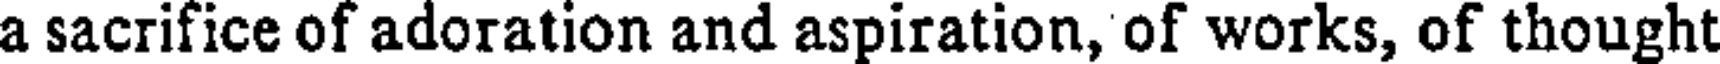
a sacrifice of adoration and aspiration, of works, of thought